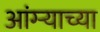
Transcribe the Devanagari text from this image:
आंग्र्‍याच्या